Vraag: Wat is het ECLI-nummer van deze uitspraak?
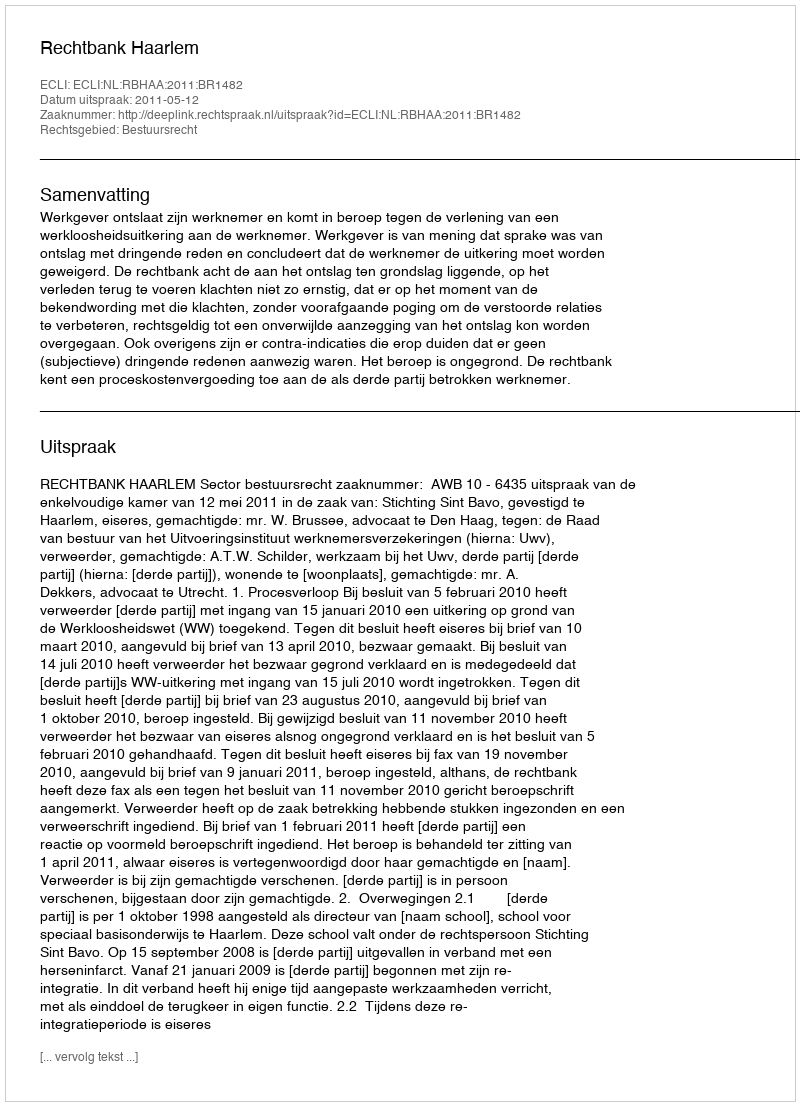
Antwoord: ECLI:NL:RBHAA:2011:BR1482